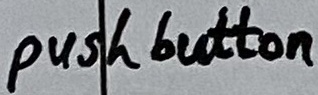
Text: push button